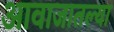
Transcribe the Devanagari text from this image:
आवाजातल्या